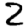
Digit: 2